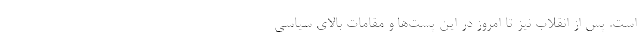
است. پس از انقلاب نیز تا امروز در این پست‌ها و مقامات بالای سیاسی